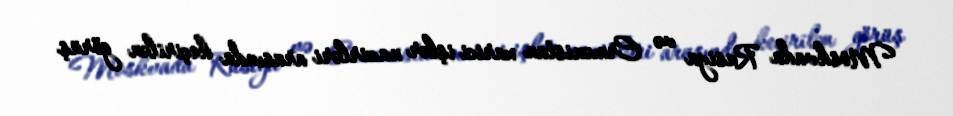
Moskvada Rusiya və Ermənistan xarici işlər nazirləri arasında keçirilən görüş